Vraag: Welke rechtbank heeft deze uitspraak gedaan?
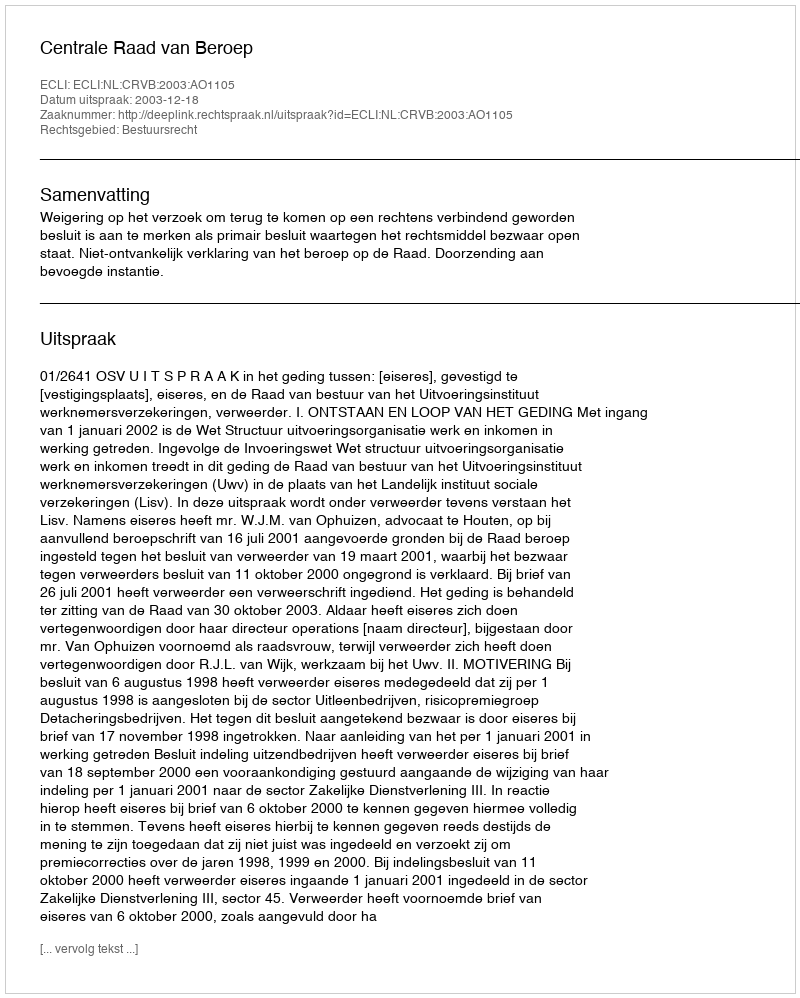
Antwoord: Centrale Raad van Beroep